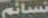
نسائم